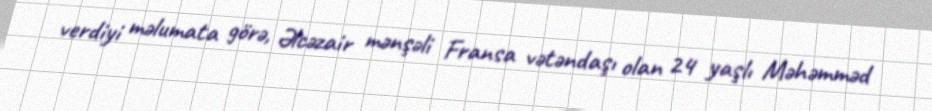
verdiyi məlumata görə, Əlcəzair mənşəli Fransa vətəndaşı olan 24 yaşlı Məhəmməd